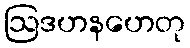
ဩဒဟနဟေတု